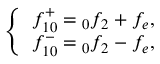
\left\{ \begin{array} { c } { f _ { 1 0 } ^ { + } = \phantom { } _ { 0 } f _ { 2 } + f _ { e } , } \\ { f _ { 1 0 } ^ { - } = \phantom { } _ { 0 } f _ { 2 } - f _ { e } , } \end{array} \right.